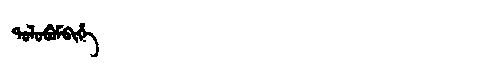
Manchu: ᡨᠣᠯᠣᠪᡠᠮᠪᡳᡥᡝ
Romanization: TOLOBUMBIHE